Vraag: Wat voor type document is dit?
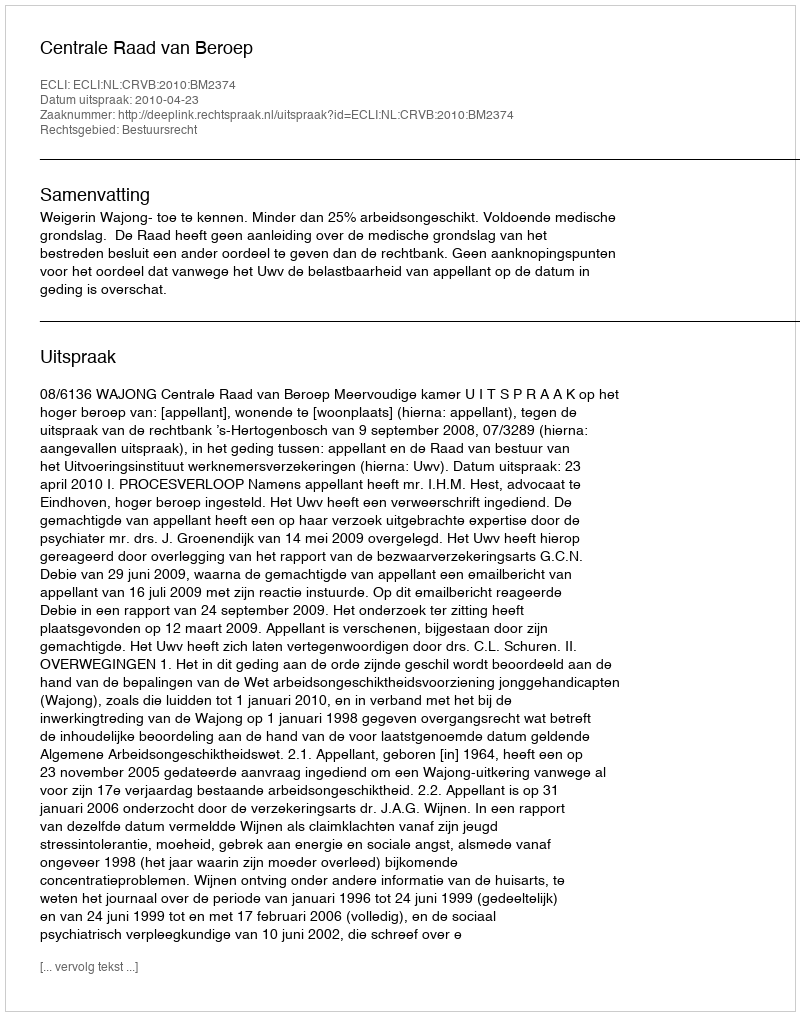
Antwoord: Uitspraak